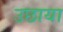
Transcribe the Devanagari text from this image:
उछाया